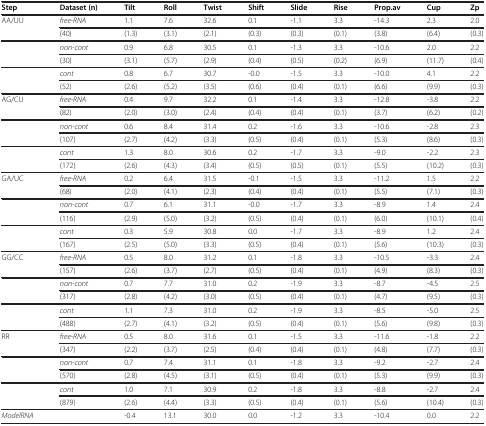
<table><thead><tr><td><b>Step</b></td><td><b>Dataset (n)</b></td><td><b>Tilt</b></td><td><b>Roll</b></td><td><b>Twist</b></td><td><b>Shift</b></td><td><b>Slide</b></td><td><b>Rise</b></td><td><b>Prop.av</b></td><td><b>Cup</b></td><td><b>Zp</b></td></tr></thead><tbody><tr><td>AA/UU</td><td><i>free-RNA</i></td><td>1.1</td><td>7.6</td><td>32.6</td><td>0.1</td><td>-1.1</td><td>3.3</td><td>-14.3</td><td>2.3</td><td>2.0</td></tr><tr><td> </td><td>(40)</td><td>(1.3)</td><td>(3.1)</td><td>(2.1)</td><td>(0.3)</td><td>(0.3)</td><td>(0.1)</td><td>(3.8)</td><td>(6.4)</td><td>(0.3)</td></tr><tr><td rowspan="2"> </td><td><i>non-cont</i></td><td>0.9</td><td>6.8</td><td>30.5</td><td>0.1</td><td>-1.3</td><td>3.3</td><td>-10.6</td><td>2.0</td><td>2.2</td></tr><tr><td>(30)</td><td>(3.1)</td><td>(5.7)</td><td>(2.9)</td><td>(0.4)</td><td>(0.5)</td><td>(0.2)</td><td>(6.9)</td><td>(11.7)</td><td>(0.4)</td></tr><tr><td rowspan="2"> </td><td><i>cont</i></td><td>0.8</td><td>6.7</td><td>30.7</td><td>-0.0</td><td>-1.5</td><td>3.3</td><td>-10.0</td><td>4.1</td><td>2.2</td></tr><tr><td>(52)</td><td>(2.6)</td><td>(5.2)</td><td>(3.5)</td><td>(0.6)</td><td>(0.4)</td><td>(0.1)</td><td>(6.6)</td><td>(9.9)</td><td>(0.3)</td></tr><tr><td>AG/CU</td><td><i>free-RNA</i></td><td>0.4</td><td>9.7</td><td>32.2</td><td>0.1</td><td>-1.4</td><td>3.3</td><td>-12.8</td><td>-3.8</td><td>2.2</td></tr><tr><td> </td><td>(82)</td><td>(2.0)</td><td>(3.0)</td><td>(2.4)</td><td>(0.4)</td><td>(0.4)</td><td>(0.1)</td><td>(3.7)</td><td>(6.2)</td><td>(0.2)</td></tr><tr><td rowspan="2"> </td><td><i>non-cont</i></td><td>0.6</td><td>8.4</td><td>31.4</td><td>0.2</td><td>-1.6</td><td>3.3</td><td>-10.6</td><td>-2.8</td><td>2.3</td></tr><tr><td>(107)</td><td>(2.7)</td><td>(4.2)</td><td>(3.3)</td><td>(0.5)</td><td>(0.4)</td><td>(0.1)</td><td>(5.3)</td><td>(8.6)</td><td>(0.3)</td></tr><tr><td rowspan="2"> </td><td><i>cont</i></td><td>1.3</td><td>8.0</td><td>30.6</td><td>0.2</td><td>-1.7</td><td>3.3</td><td>-9.0</td><td>-2.2</td><td>2.3</td></tr><tr><td>(172)</td><td>(2.6)</td><td>(4.3)</td><td>(3.4)</td><td>(0.5)</td><td>(0.5)</td><td>(0.1)</td><td>(5.5)</td><td>(10.2)</td><td>(0.3)</td></tr><tr><td>GA/UC</td><td><i>free-RNA</i></td><td>0.2</td><td>6.4</td><td>31.5</td><td>-0.1</td><td>-1.5</td><td>3.3</td><td>-11.2</td><td>1.5</td><td>2.2</td></tr><tr><td> </td><td>(68)</td><td>(2.0)</td><td>(4.1)</td><td>(2.3)</td><td>(0.4)</td><td>(0.4)</td><td>(0.1)</td><td>(5.5)</td><td>(7.1)</td><td>(0.3)</td></tr><tr><td rowspan="2"> </td><td><i>non-cont</i></td><td>0.7</td><td>6.1</td><td>31.1</td><td>-0.0</td><td>-1.7</td><td>3.3</td><td>-8.9</td><td>1.4</td><td>2.4</td></tr><tr><td>(116)</td><td>(2.9)</td><td>(5.0)</td><td>(3.2)</td><td>(0.5)</td><td>(0.4)</td><td>(0.1)</td><td>(6.0)</td><td>(10.1)</td><td>(0.4)</td></tr><tr><td rowspan="2"> </td><td><i>cont</i></td><td>0.3</td><td>5.9</td><td>30.8</td><td>0.0</td><td>-1.7</td><td>3.3</td><td>-8.9</td><td>1.2</td><td>2.4</td></tr><tr><td>(167)</td><td>(2.5)</td><td>(5.0)</td><td>(3.3)</td><td>(0.5)</td><td>(0.4)</td><td>(0.1)</td><td>(5.6)</td><td>(10.3)</td><td>(0.3)</td></tr><tr><td>GG/CC</td><td><i>free-RNA</i></td><td>0.5</td><td>8.0</td><td>31.2</td><td>0.1</td><td>-1.8</td><td>3.3</td><td>-10.5</td><td>-3.3</td><td>2.4</td></tr><tr><td> </td><td>(157)</td><td>(2.6)</td><td>(3.7)</td><td>(2.7)</td><td>(0.5)</td><td>(0.4)</td><td>(0.1)</td><td>(4.9)</td><td>(8.3)</td><td>(0.3)</td></tr><tr><td rowspan="2"> </td><td><i>non-cont</i></td><td>0.7</td><td>7.7</td><td>31.0</td><td>0.2</td><td>-1.9</td><td>3.3</td><td>-8.7</td><td>-4.5</td><td>2.5</td></tr><tr><td>(317)</td><td>(2.8)</td><td>(4.2)</td><td>(3.0)</td><td>(0.5)</td><td>(0.4)</td><td>(0.1)</td><td>(4.7)</td><td>(9.5)</td><td>(0.3)</td></tr><tr><td rowspan="2"> </td><td><i>cont</i></td><td>1.1</td><td>7.3</td><td>31.0</td><td>0.2</td><td>-1.9</td><td>3.3</td><td>-8.5</td><td>-5.0</td><td>2.5</td></tr><tr><td>(488)</td><td>(2.7)</td><td>(4.1)</td><td>(3.2)</td><td>(0.5)</td><td>(0.4)</td><td>(0.1)</td><td>(5.6)</td><td>(9.8)</td><td>(0.3)</td></tr><tr><td>RR</td><td><i>free-RNA</i></td><td>0.5</td><td>8.0</td><td>31.6</td><td>0.1</td><td>-1.5</td><td>3.3</td><td>-11.6</td><td>-1.8</td><td>2.2</td></tr><tr><td> </td><td>(347)</td><td>(2.2)</td><td>(3.7)</td><td>(2.5)</td><td>(0.4)</td><td>(0.4)</td><td>(0.1)</td><td>(4.8)</td><td>(7.7)</td><td>(0.3)</td></tr><tr><td rowspan="2"> </td><td><i>non-cont</i></td><td>0.7</td><td>7.4</td><td>31.1</td><td>0.1</td><td>-1.8</td><td>3.3</td><td>-9.2</td><td>-2.7</td><td>2.4</td></tr><tr><td>(570)</td><td>(2.8)</td><td>(4.5)</td><td>(3.1)</td><td>(0.5)</td><td>(0.4)</td><td>(0.1)</td><td>(5.3)</td><td>(9.9)</td><td>(0.3)</td></tr><tr><td rowspan="2"> </td><td><i>cont</i></td><td>1.0</td><td>7.1</td><td>30.9</td><td>0.2</td><td>-1.8</td><td>3.3</td><td>-8.8</td><td>-2.7</td><td>2.4</td></tr><tr><td>(879)</td><td>(2.6)</td><td>(4.4)</td><td>(3.3)</td><td>(0.5)</td><td>(0.4)</td><td>(0.1)</td><td>(5.6)</td><td>(10.4)</td><td>(0.3)</td></tr><tr><td><i>ModelRNA</i></td><td> </td><td>-0.4</td><td>13.1</td><td>30.0</td><td>0.0</td><td>-1.2</td><td>3.3</td><td>-10.4</td><td>0.0</td><td>2.2</td></tr></tbody></table>